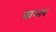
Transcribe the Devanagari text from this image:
प्रान्तर